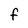
Character: f